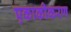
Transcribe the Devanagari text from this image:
एकाकीकरण